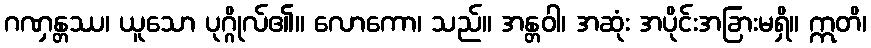
ဂဏှန္တဿ၊ ယူသော ပုဂ္ဂိုလ်၏။ လောကော၊ သည်။ အန္တဝါ၊ အဆုံး အပိုင်းအခြားမရှိ။ ဣတိ၊